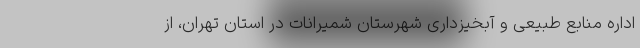
اداره منابع طبیعی و آبخیزداری شهرستان شمیرانات در استان تهران، از